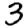
Digit: 3